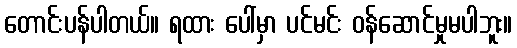
တောင်းပန်ပါတယ်။ ရထား ပေါ်မှာ ပင်မင်း ဝန်ဆောင်မှုမပါဘူး။